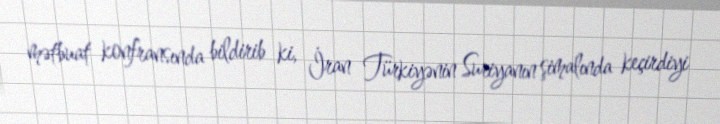
mətbuat konfransında bildirib ki, İran Türkiyənin Suriyanın şimalında keçirdiyi